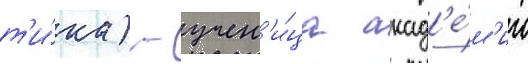
т'и́ка) - учен'и́ца акад'е́м'ии